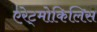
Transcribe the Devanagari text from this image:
एरेट्मोकिलिस